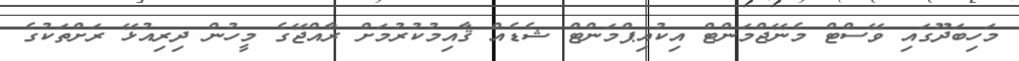
މަހިބަދޫގައި ވޭސްޓް މެނޭޖްމަންޓް އިކުއިޕްމަންޓް ޝެޑެއް ޤާއިމުކުރުމަށް ރާއްޖޭގެ މީހުން ދިރިއުޅޭ ރަށްތަކުގެ